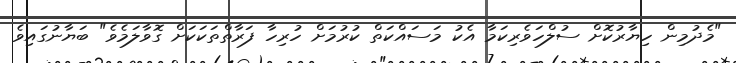
"މެދުމިން ހިޔާރުކޮށް ސުލްހަވެރިކަމާ އެކު މަސައްކަތް ކުރުމަށް ހުރިހާ ފަރާތްތަކަކަށް ގޮވާލަމެވެ" ބަޔާނުގައިވެ